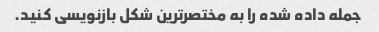
جمله داده شده را به مختصرترین شکل بازنویسی کنید.